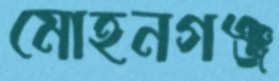
মোহনগঞ্জ